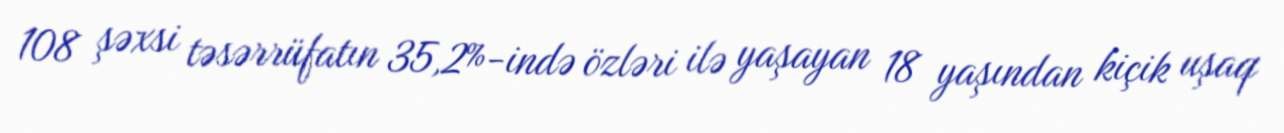
108 şəxsi təsərrüfatın 35,2%-ində özləri ilə yaşayan 18 yaşından kiçik uşaq